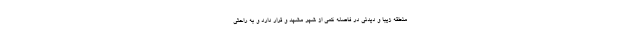
منطقه زیبا و دیدنی در فاصله کمی از شهر مشهد و قرار دارد و به راحتی